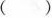
( )